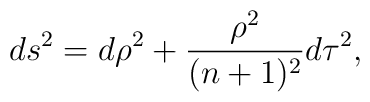
ds^2 = d\rho^2 + \frac{\rho^2}{(n+1)^2} d\tau^2,